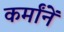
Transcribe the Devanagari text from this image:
कर्मांनें